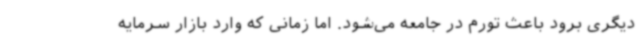
دیگری برود باعث تورم در جامعه می‌شود. اما زمانی که وارد بازار سرمایه